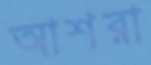
আশরা